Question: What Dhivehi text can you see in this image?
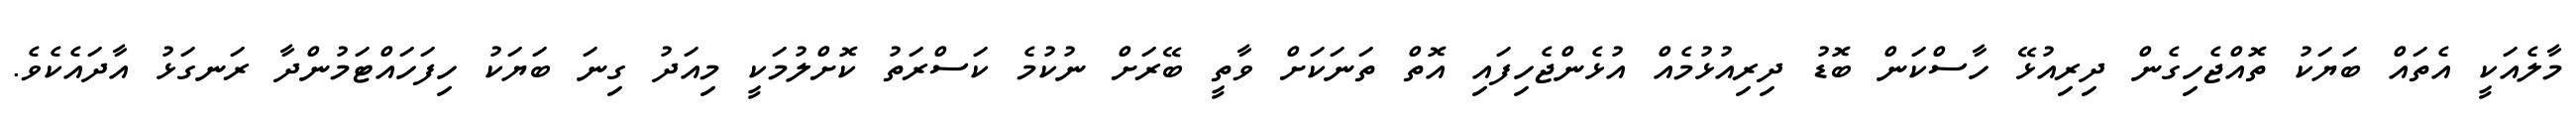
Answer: މާލެއަކީ އެތައް ބަޔަކު ތޮއްޖެހިގެން ދިރިއުޅޭ ހާސްކަން ބޮޑު ދިރިއުޅުމެއް އުޅެންޖެހިފައި އޮތް ތަނަކަށް ވާތީ ބޭރަށް ނުކުމެ ކަސްރަތު ކޮށްލުމަކީ މިއަދު ގިނަ ބަޔަކު ހިފަހައްޓަމުންދާ ރަނގަޅު އާދައެކެވެ.